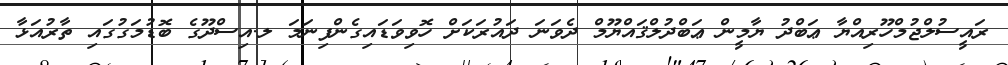
ރައީސުލްޖުމްހޫރިއްޔާ ޢަބްދު ޔާމީން ޢަބްދުލްޤައްޔޫމް ދެވަނަ ދައުރަކަށް ހޮވިވަޑައިގެންފިނަމަ ލ.އިސްދޫގެ ބޮޑުމަގުގައި ތާރުއަޅާ